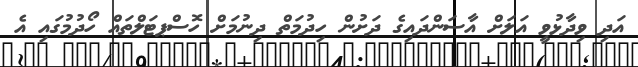
އަދި ވިދާޅުވީ އަލަށް އާސަންދައިގެ ދަށުން ހިދުމަތް ދިނުމަށް ހޮސްޕޓަލްތައް ހޯދުމުގައި އެ